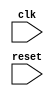
module timing_control_and_sync(
    input wire clk,
    input wire reset,
    // Add input/output ports as needed
);

    // Timing registers, input/output buffers, clock dividers, state machines

endmodule